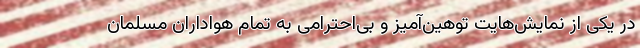
در یکی از نمایش‌هایت توهین‌آمیز و بی‌احترامی به تمام هواداران مسلمان